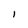
Character: l